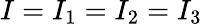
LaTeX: I=I_{1}=I_{2}=I_{3}